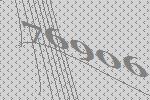
76906